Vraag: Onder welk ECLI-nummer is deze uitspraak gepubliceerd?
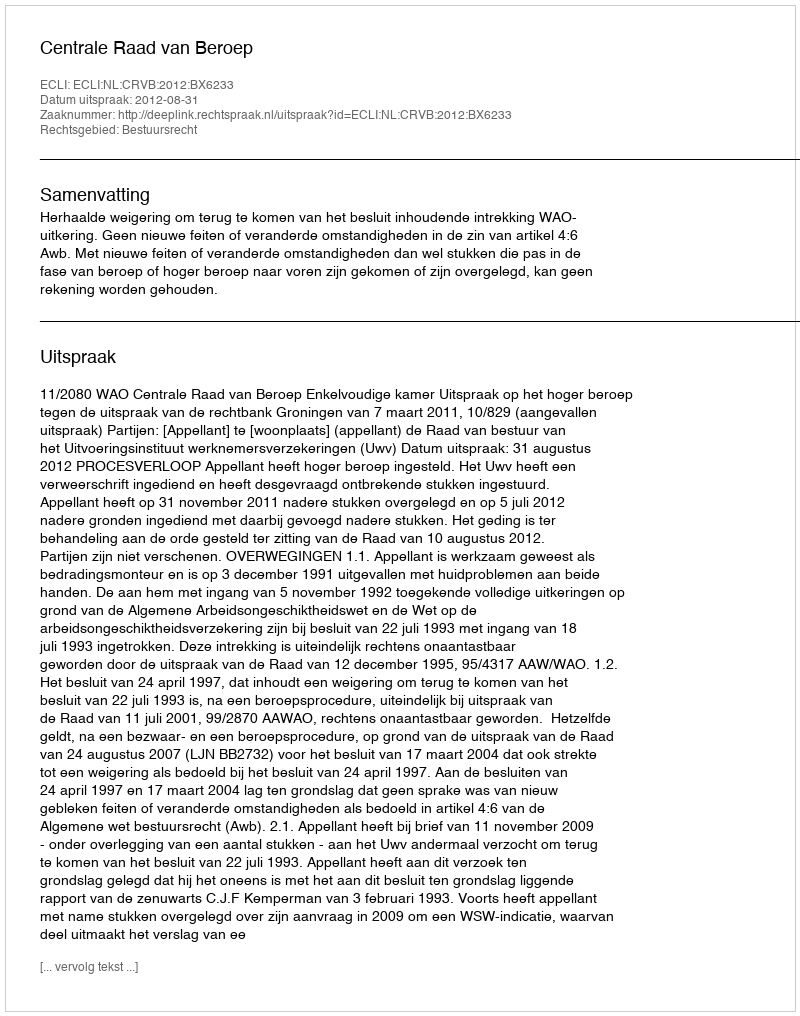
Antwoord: ECLI:NL:CRVB:2012:BX6233